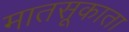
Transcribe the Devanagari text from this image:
मातसूकाता